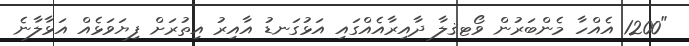
"1200 އެއްހާ މެންބަރުން ވޯޓޤލާ ދާއިރާއެއްގައި އަޅުގަނޑު އާއިރު އިތުރަށް ފިޔަވަޅެއް އަޅާލާނެ